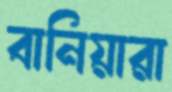
বানিয়ারা